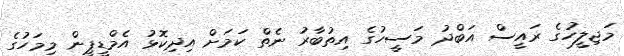
މަޖިލީހުގެ ރައީސް އަބްދު މަސީހުގެ އިތުބާރު ނެތް ކަމަށް އިދިކޮޅު އެމްޑީޕީން މިމަހުގެ